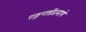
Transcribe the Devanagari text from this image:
राष्ट्रपतींप्रमाणे